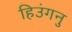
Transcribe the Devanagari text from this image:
हिउंगनु